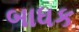
બાધક